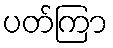
ပတ်ကြာ